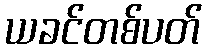
ယခင်တစ်ပတ်